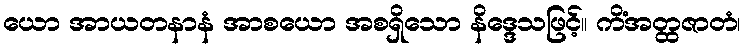
ယော အာယတနာနံ အာစယော အစရှိသော နိဒ္ဒေသဖြင့်။ ကိံအတ္ထဇာတံ၊